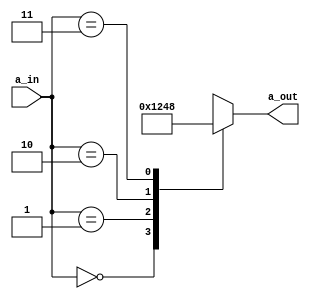
`timescale 1ns / 1ps

//demultiplexor 2:4
module demux(a_in, a_out);
    input [1:0] a_in;
    output reg [3:0] a_out;
    
    always@(a_in)
        case(a_in)
            2'b00: a_out <= 4'b0001;
            2'b01: a_out <= 4'b0010;
            2'b10: a_out <= 4'b0100;
            2'b11: a_out <= 4'b1000;
        endcase
endmodule